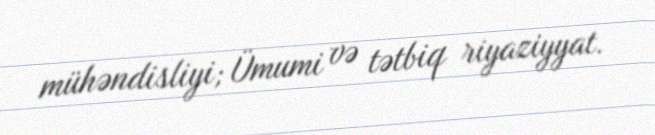
mühəndisliyi; Ümumi və tətbiq riyaziyyat.